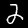
Label: 2